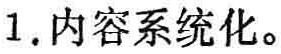
1. 内容系统化。